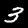
Digit: 3